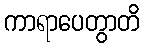
ကာရာပေတွာတိ